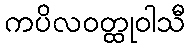
ကပိလဝတ္ထုဝါသီ